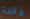
وقفة